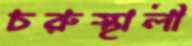
চরুস্থালী